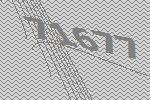
71677